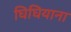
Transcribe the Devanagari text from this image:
घिघियाना